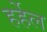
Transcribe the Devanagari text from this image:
हर्हेल